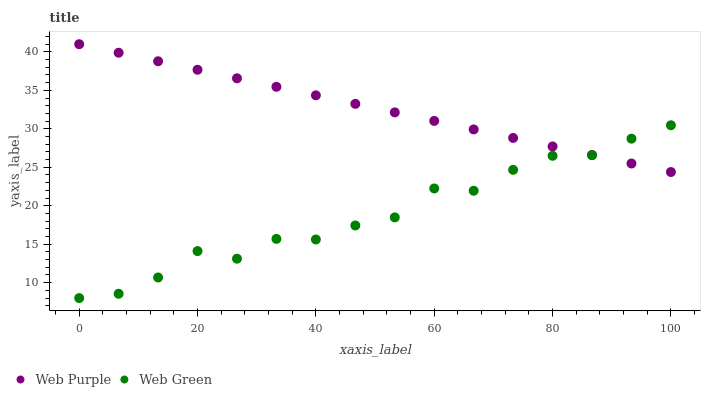
| xaxis_label | Web Purple | Web Green |
 | --- | --- | --- |
 | 0 | 41 | 8 |
 | 6.67 | 39.9 | 8.56 |
 | 13.3 | 38.8 | 10.7 |
 | 20 | 37.7 | 14.1 |
 | 26.7 | 36.6 | 13.1 |
 | 33.3 | 35.5 | 15.7 |
 | 40 | 34.4 | 15.6 |
 | 46.7 | 33.2 | 17.4 |
 | 53.3 | 32.1 | 18.5 |
 | 60 | 31 | 22.2 |
 | 66.7 | 29.9 | 22 |
 | 73.3 | 28.8 | 24.7 |
 | 80 | 27.7 | 26.5 |
 | 86.7 | 26.6 | 26.6 |
 | 93.3 | 25.5 | 28.7 |
 | 100 | 24.4 | 30.5 |